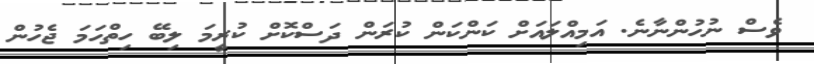
ވެސް ނުހުންނާނެ. އަމިއްލައަށް ކަންކަން ކުރަން ދަސްކޮށް ކުރީމަ ލިބޭ ހިތްހަމަ ޖެހުން